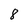
Character: 8